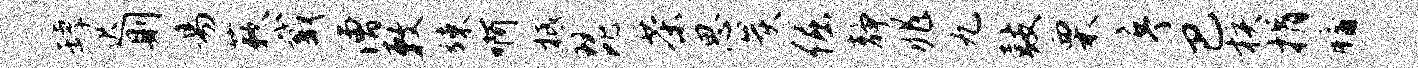
罅迟则易蔌戴漕敕竦啊柢琵茶思炭倔静兆九鼓栗序巴核捐牖